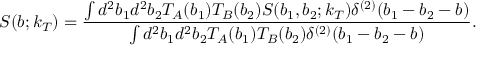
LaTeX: S ( b ; k _ { T } ) = \frac { \int d ^ { 2 } b _ { 1 } d ^ { 2 } b _ { 2 } T _ { A } ( b _ { 1 } ) T _ { B } ( b _ { 2 } ) S ( b _ { 1 } , b _ { 2 } ; k _ { T } ) \delta ^ { ( 2 ) } ( b _ { 1 } - b _ { 2 } - b ) } { \int d ^ { 2 } b _ { 1 } d ^ { 2 } b _ { 2 } T _ { A } ( b _ { 1 } ) T _ { B } ( b _ { 2 } ) \delta ^ { ( 2 ) } ( b _ { 1 } - b _ { 2 } - b ) } .